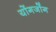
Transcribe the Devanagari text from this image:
योंगजोंग